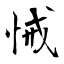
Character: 悈